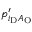
p _ { i _ { \mathrm { D } } A _ { \mathrm { O } } } ^ { \prime }